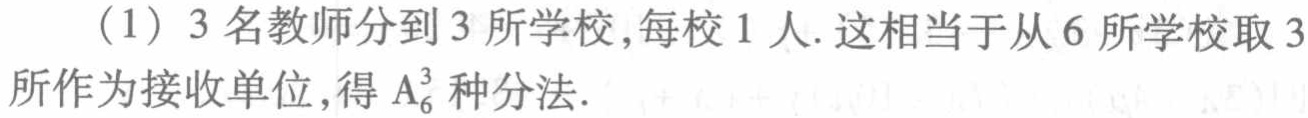
（1）3名教师分到3所学校, 每校1人. 这相当于从6所学校取3所作为接收单位, 得\(A_{6}^{3}\)种分法.